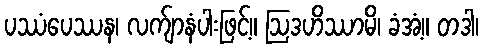
ပဿံပေဿန၊ လက်ျာနံပါးဖြင့်။ ဩဒဟိဿာမိ၊ ခံအံ့။ တဒါ၊